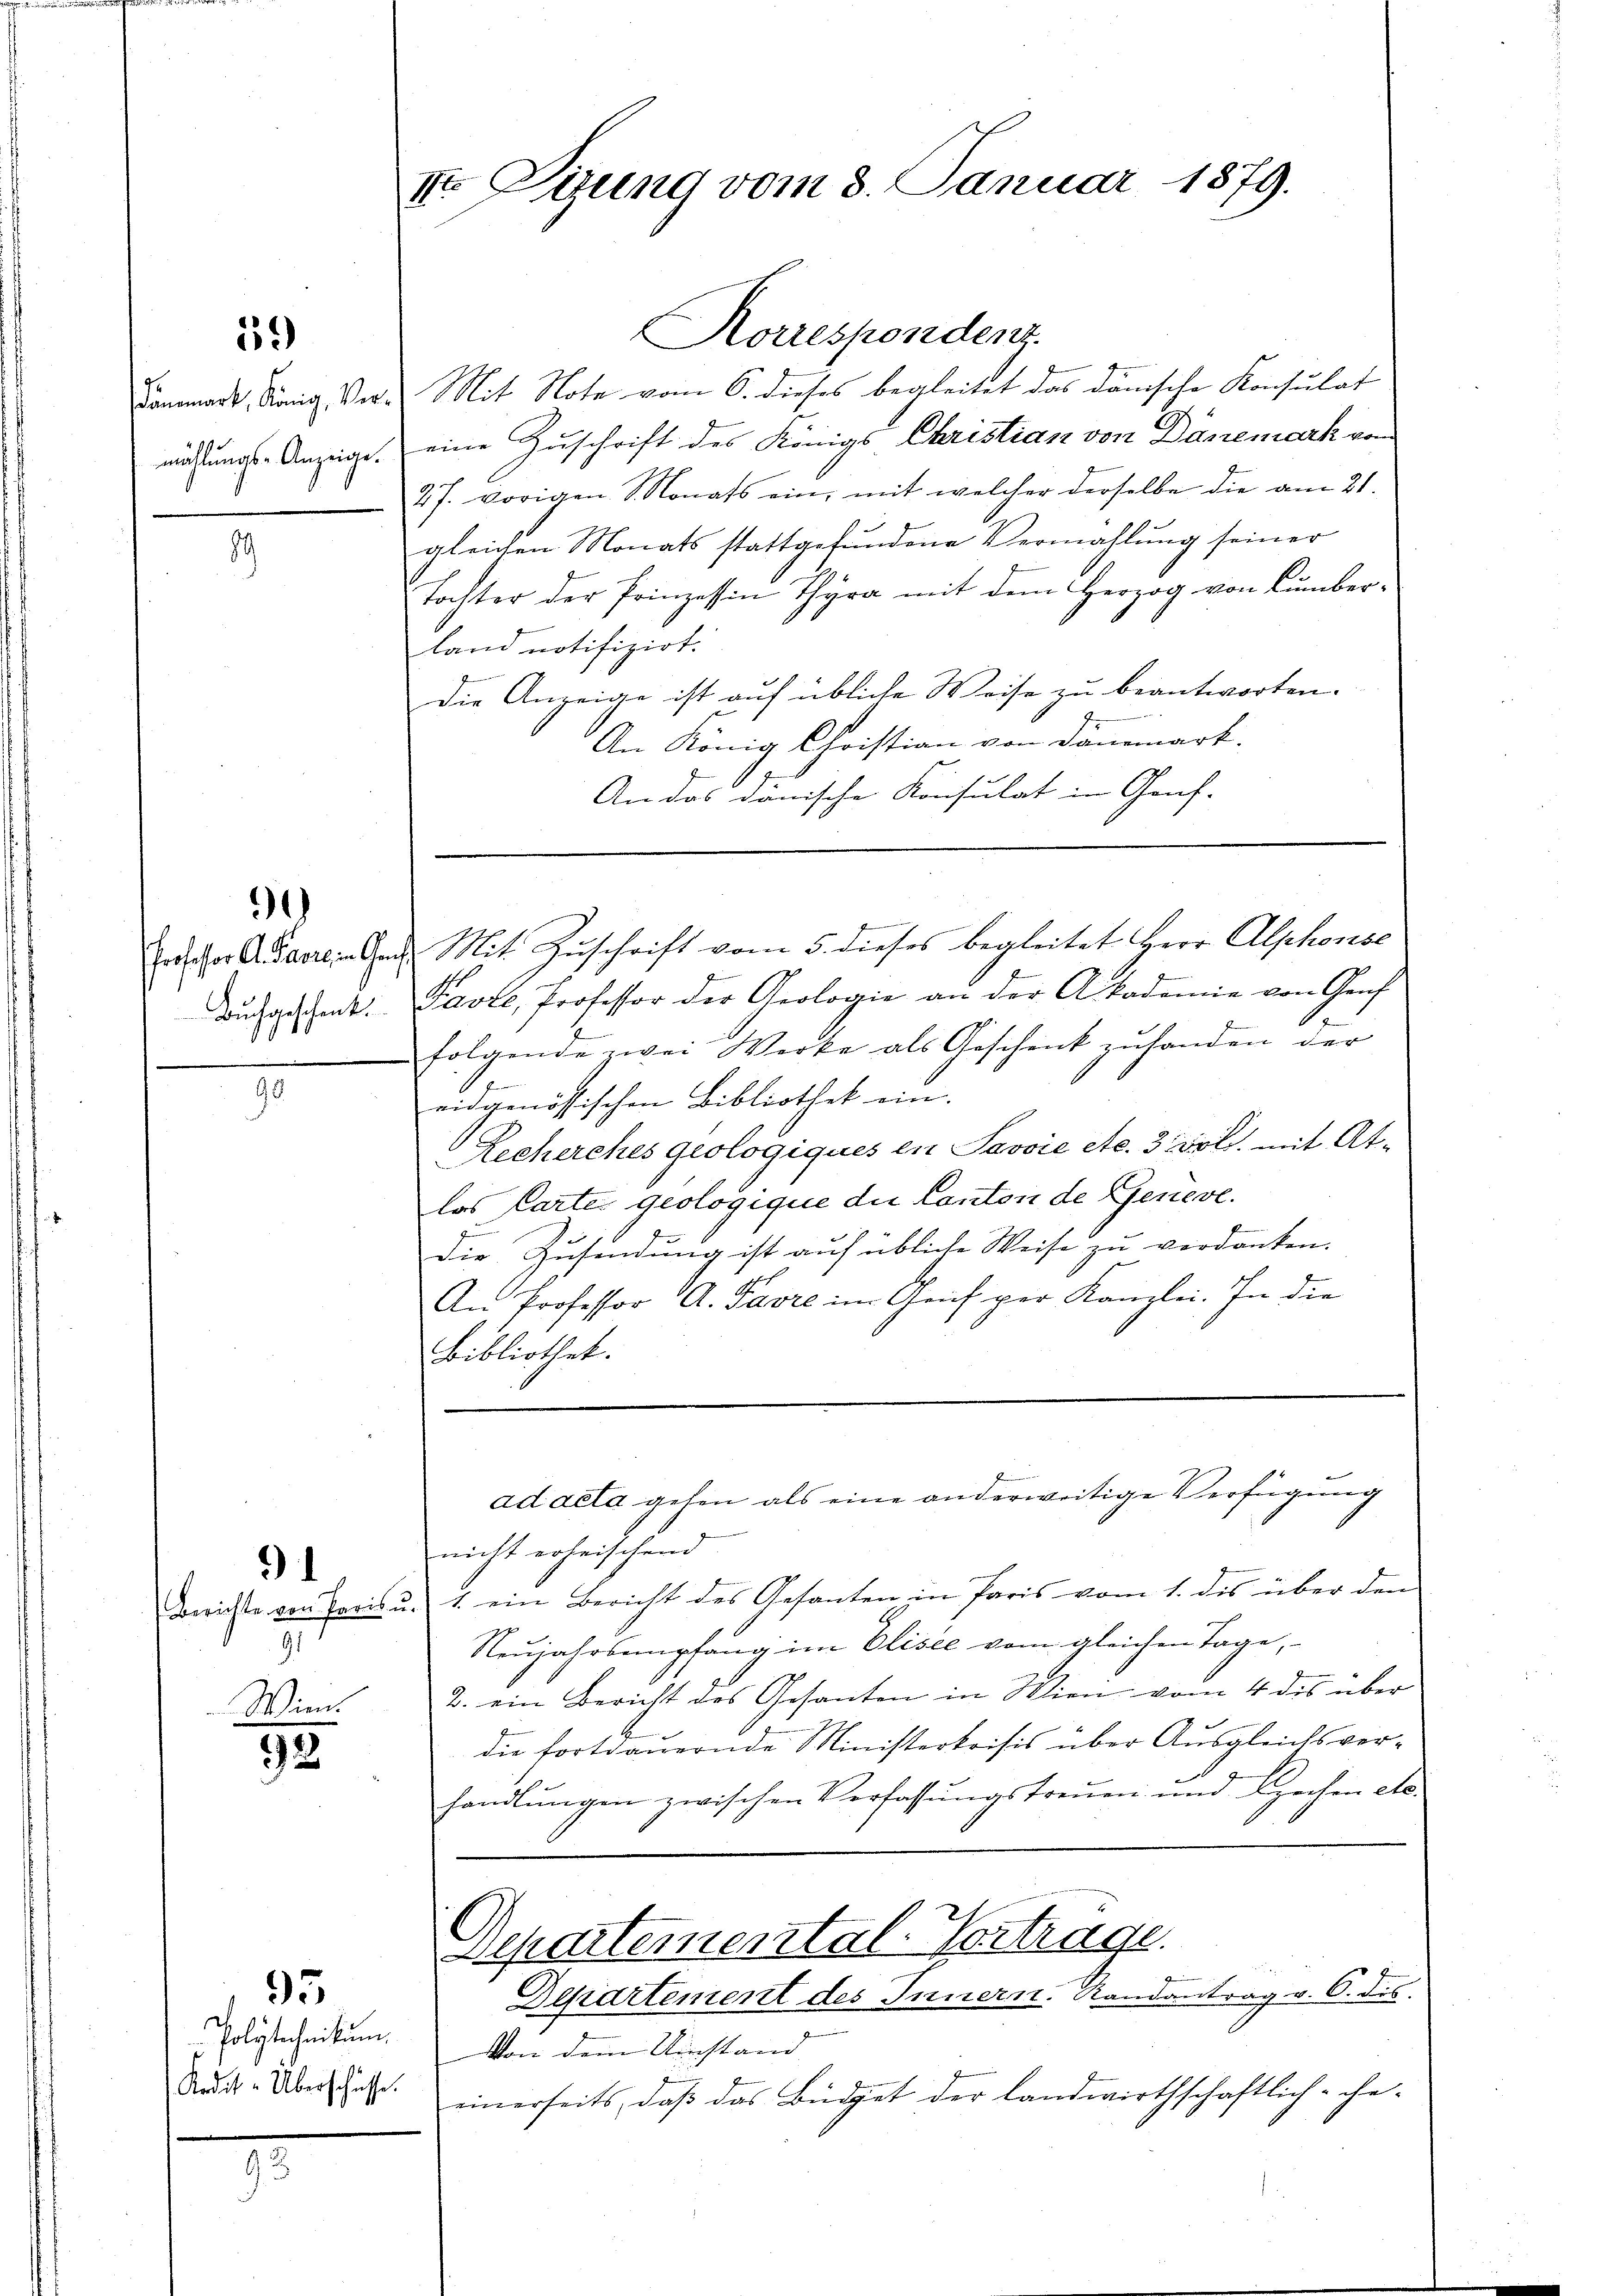
59)

89

90

Buchgeschenk.

91
91
Wien.

93

95
Polytechnikum.
Redit-Überschaffe.

III. Sizung vom 3. Januar 1879.

Korrespondenz.
Dammarkt, König Ver. Mit Note vom 6. dieses begleitet das dänische Konsulat
massungs-Anzeige, eine Zuschrift des Königs Christian von Dänemark vom
27. vorigen S. Monats ein, mit welcher derselbe die am 21.
gleichen Monats stattgefundene Vermahlung seiner
tochter der Prinzessin Thyra mit dem Herzog von Cumberland notifizirt.
Die Anzeige ist auf übliche Weise zu beantworten.

An König Christian von Dänemark.
An das dänische Konsulat in Genf-

rector Ausaren an Mit Zuschrift vom 5. dieses begleitet Herr Alphonse
Pavre, Professor der Geologie an der Akademie von Genf
folgende zwei Werke als Geschenk zuhanden der
eidgenössischen Bibliothek ein.
Recherches geologiques en Savoie etc. 3 vol. mit Atlas Parte geologique die Canton de Geneve
Die Zusendung ist auf übliche Weise zu verdanken.
An Professor A. Favre im Geif per Kanzlei. In die
Bibliothek.

m

nicht erheischend
Berichte von Paris u. 1. ein Bericht des Gesanten in Paris vom 1. des über den
Neujahrsempfang im Elisee vom gleichen Tage,
2. ein Bericht des Gesanten in Wien vom 4 des über
die fortdauernde Ministerkrisis über Ausgleichsverhandlŭngen zwischen Verfassŭngstreuen und Bechen etc.
Departemental-Vorträge.
Departement des Innern. Randantrag v. 6. dis
Von dem Umstand
einerseits, daß das Büdget der landwirthschaftlich - che-

ad acta gehen als eine anderweitige Verfügung